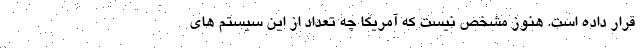
قرار داده است. هنوز مشخص نیست که آمریکا چه تعداد از این سیستم های